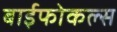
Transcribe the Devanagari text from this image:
बाईफोकल्स